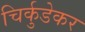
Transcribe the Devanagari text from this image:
चिर्कुडेकर